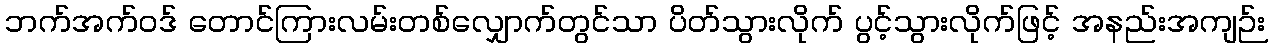
ဘက်အက်ဝဒ် တောင်ကြားလမ်းတစ်လျှောက်တွင်သာ ပိတ်သွားလိုက် ပွင့်သွားလိုက်ဖြင့် အနည်းအကျဉ်း